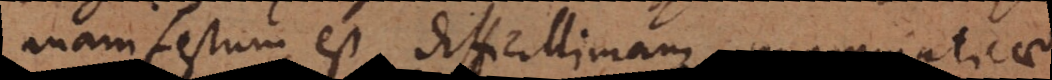
manifestum est difficillimam grammaticae